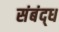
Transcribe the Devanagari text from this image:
संबंद्‌ध